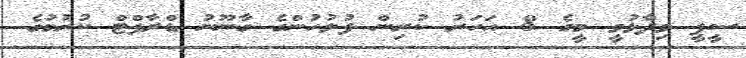
ސީޕީ ވިދާޅުވީ މީގެ 8 އަހަރު ކުރިން ފުލުހުންގެ ގާނޫނު ޑްރާފްޓް ކުރުމުގެ